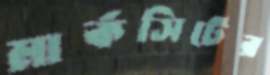
মার্কসিটের